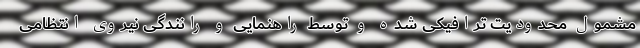
مشمول محدودیت ترافیکی شده و توسط راهنمایی و رانندگی نیروی انتظامی